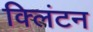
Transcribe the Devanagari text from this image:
क्‍लिंटन